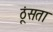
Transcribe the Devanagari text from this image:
ठूंसता